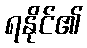
ရနိုင်၏